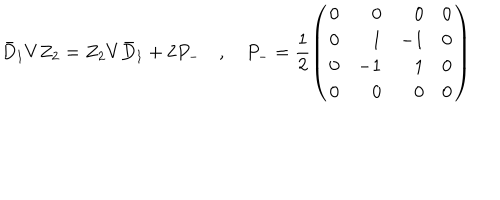
LaTeX: \bar { D } _ { 1 } V Z _ { 2 } = Z _ { 2 } V \bar { D } _ { 1 } + 2 P _ { - } \quad , \quad P _ { - } = \frac { 1 } { 2 } \left( \begin{array} { c r r c } { { 0 } } & { { 0 } } & { { 0 } } & { { 0 } } \\ { { 0 } } & { { 1 } } & { { - 1 } } & { { 0 } } \\ { { 0 } } & { { - 1 } } & { { 1 } } & { { 0 } } \\ { { 0 } } & { { 0 } } & { { 0 } } & { { 0 } } \\ \end{array} \right)